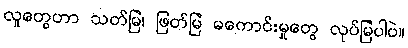
လူတွေဟာ သတ်မြဲ၊ ဖြတ်မြဲ မကောင်းမှုတွေ လုပ်မြဲပါပဲ။